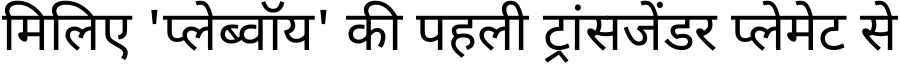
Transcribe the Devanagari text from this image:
मिलिए 'प्लेब्वॉय' की पहली ट्रांसजेंडर प्लेमेट से